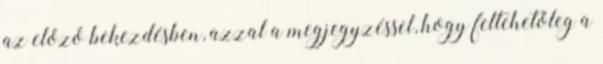
az előző bekezdésben, azzal a megjegyzéssel, hogy feltehetőleg a